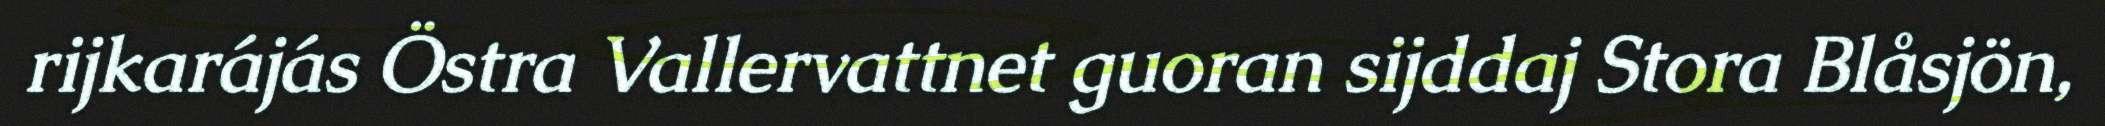
rijkarájás Östra Vallervattnet guoran sijddaj Stora Blåsjön,